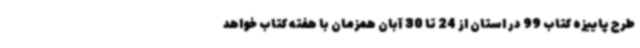
طرح پاییزه کتاب 99 در استان از 24 تا 30 آبان همزمان با هفته کتاب خواهد